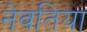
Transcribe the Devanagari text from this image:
नेवतिया